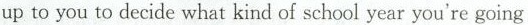
up to you to decide what kind of school year you're going